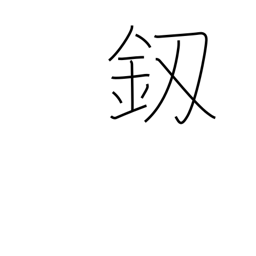
Meaning: dagger